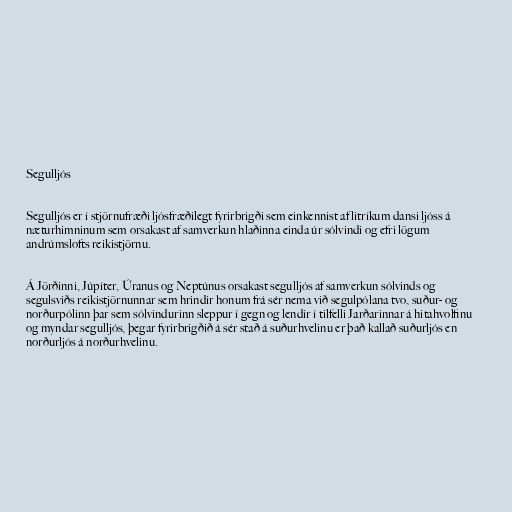
Segulljós

Segulljós er í stjörnufræði ljósfræðilegt fyrirbrigði sem einkennist af litríkum dansi ljóss á
næturhimninum sem orsakast af samverkun hlaðinna einda úr sólvindi og efri lögum
andrúmslofts reikistjörnu.

Á Jörðinni, Júpíter, Úranus og Neptúnus orsakast segulljós af samverkun sólvinds og
segulsviðs reikistjörnunnar sem hrindir honum frá sér nema við segulpólana tvo, suður- og
norðurpólinn þar sem sólvindurinn sleppur í gegn og lendir í tilfelli Jarðarinnar á hitahvolfinu
og myndar segulljós, þegar fyrirbrigðið á sér stað á suðurhvelinu er það kallað suðurljós en
norðurljós á norðurhvelinu.